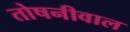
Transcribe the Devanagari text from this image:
तोषनीवाल